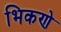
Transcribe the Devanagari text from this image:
भिकणे